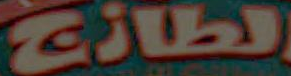
الطازج